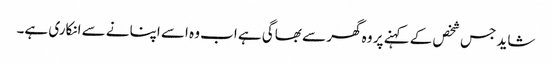
شاید جس شخص کے کہنے پر وہ گھر سے بھاگی ہے اب وہ اسے اپنانے سے انکاری ہے۔